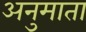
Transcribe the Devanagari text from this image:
अनुमाता